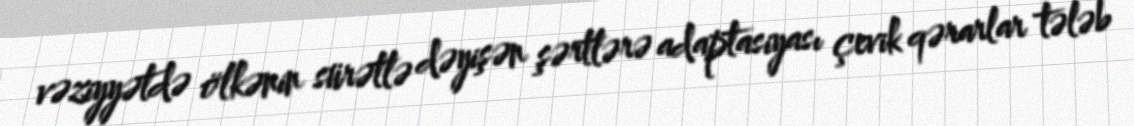
vəziyyətdə ölkənin sürətlə dəyişən şərtlərə adaptasiyası çevik qərarlar tələb